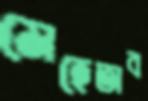
মেহেতাব